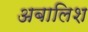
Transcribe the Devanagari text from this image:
अबालिश